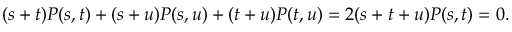
( s + t ) P ( s , t ) + ( s + u ) P ( s , u ) + ( t + u ) P ( t , u ) = 2 ( s + t + u ) P ( s , t ) = 0 .